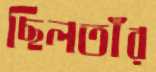
ছিলতাঁর